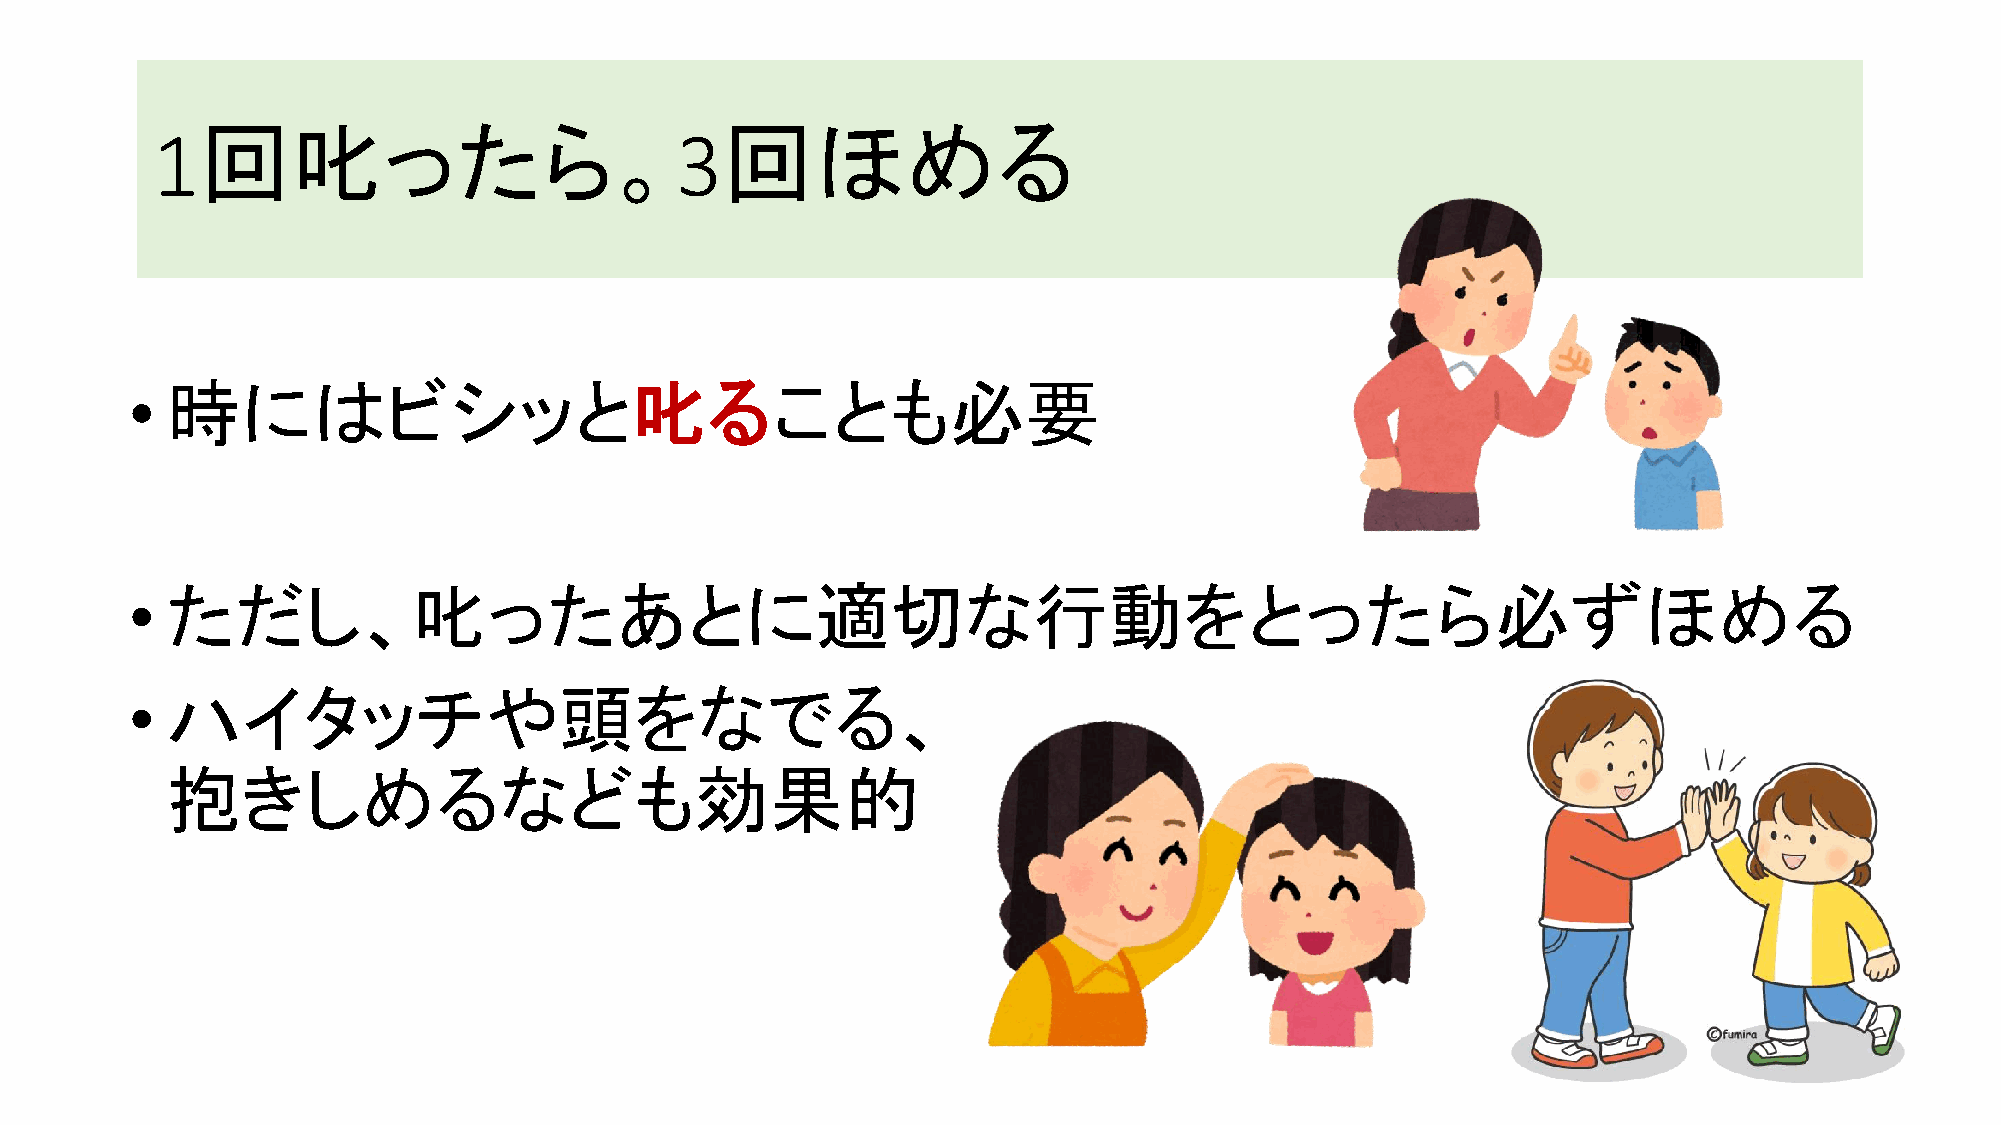
回叱ったら。                             回ほめる
 1                                  3
 • 時にはビシッと叱ることも必要
 • ただし、叱ったあとに適切な行動をとったら必ずほめる
 • ハイタッチや頭をなでる、
 抱きしめるなども効果的